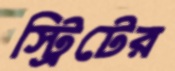
স্ট্রিটের